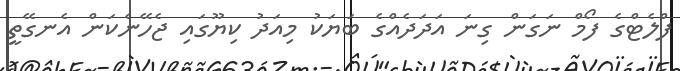
ފްލެޓްގެ ފޯމް ނަގަން ގިނަ އަދަދެއްގެ ބަޔަކު މިއަދު ކިޔޫގައި ޖެހޭނެކަން އެނގޭތީ